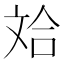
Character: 𪯤